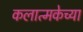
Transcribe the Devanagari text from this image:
कलात्मकेच्या